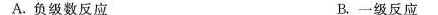
A.负级数反应 B.一级反应